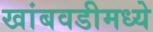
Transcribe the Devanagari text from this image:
खांबवडीमध्ये